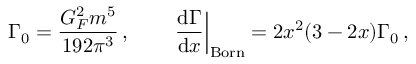
\Gamma _ { 0 } = \frac { G _ { F } ^ { 2 } m ^ { 5 } } { 1 9 2 \pi ^ { 3 } } \, , \qquad \left. \frac { \mathrm { d } \Gamma } { \mathrm { d } x } \right| _ { \mathrm { B o r n } } = 2 x ^ { 2 } ( 3 - 2 x ) \Gamma _ { 0 } \, ,